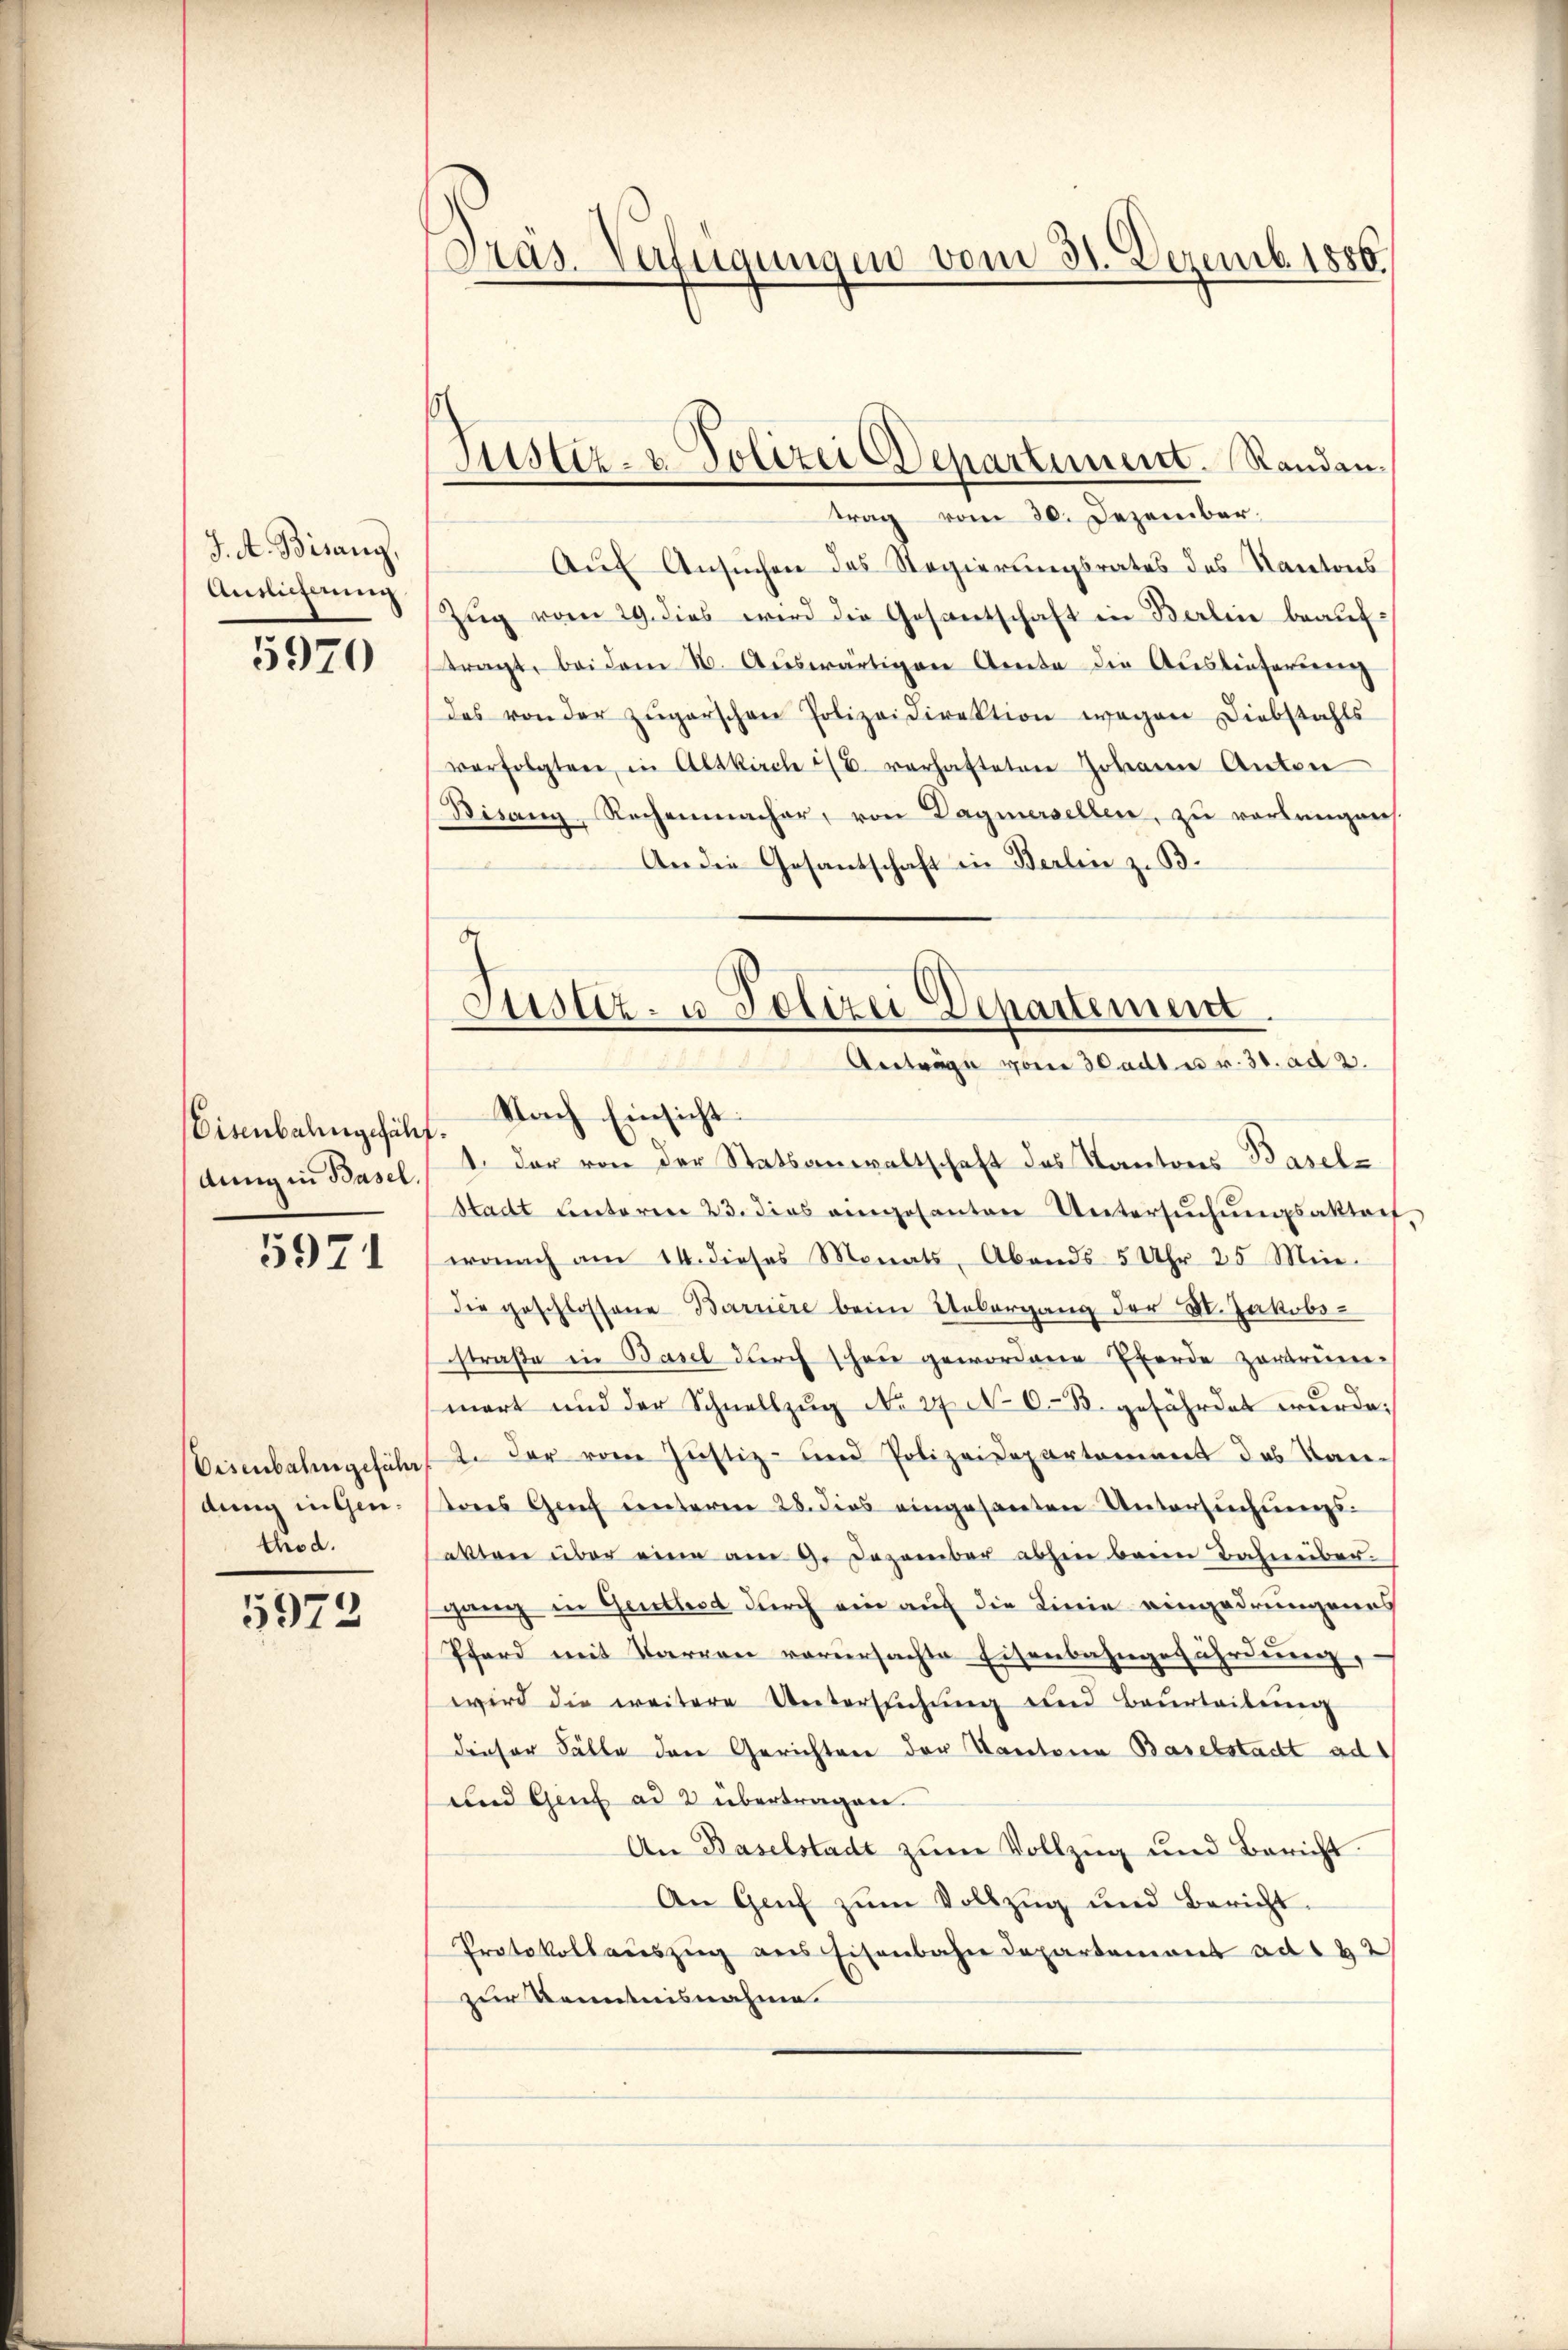
J. A. Bisang,
Auslicherung

5970

Eisenbahngefähf.
dung in Basel,

5971

Eisenbahngeführ
dung in Gen.
thod.

5973

Präs. Verfügungen vom 31. Dezemb. 1856.

Justiz- & Polizei Departement. Randen.

trag vom 20. Dezember.
Auf Ansuchen des Regierungsrates des Kantons
Zug vom 29. dies wird die Gesantschaft in Berlin beauftragt, bei dem 16. Auswärtigen Amte die Auslieferung
das von der zŭgerschen Polizeidirektion wegen Diebstahls
verfolgten in Altkirche u. verhafteten Johann Anton
Bisang, Rechenmacher, von Dagmersellen, zu verlangen
An die Gesantschaft in Berlin z. B.
2

Justiz- u. Polizei Departement.
 Anträge vom 30adt u. v. 31. ad 2.
Nach Einsicht

1. der von der Statsanwaltschaft des Kantons-Basel-
Stadt unteren 23. dies eingesanten Untersŭchŭngsaktert.
wonach am 14. dieses Monats, Abends 5 Uhr 25 Mine.
die geschlossene Barriere beim Uebergang der St. Jakobsstraße in Basel durch schon gewordene Eferde zertrüm-
mart und der Schnellzug No 27. No 0.-B. gefährdet wurde;
2. der vom Justiz- und Polizeidepartement das Tan-
tores Genf unterm 28. dies eingesanten Untersŭchŭngs-
akten über eine am 9. Dezember abhin beim Bahnüber
gang in Gentod durch ein auf die Linie eingedrungenes
Pferd mit Baron vorursachte Eisenbahngefährdung,
wird die weitere Untersŭchŭng und Beurteilŭng
dieser Fälle den Gerichten der Kantone Baselstadt ad
und Genf ad 2 übertragen.
An Baselstadt zŭm Vollzŭg und Bericht.
An Genf zŭm Vollzug und Bericht.
Protokollauszug aus Eisenbahn Departement ad 1 32)
zur Kenntnisnahme